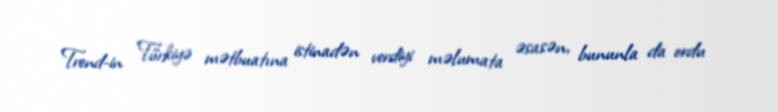
Trend-in Türkiyə mətbuatına istinadən verdiyi məlumata əsasən, bununla da ordu